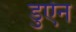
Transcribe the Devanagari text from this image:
डुऐन